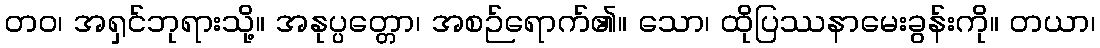
တဝ၊ အရှင်ဘုရားသို့။ အနုပ္ပတ္တော၊ အစဉ်ရောက်၏။ သော၊ ထိုပြဿနာမေးခွန်းကို။ တယာ၊